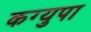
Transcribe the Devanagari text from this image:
कग्युपा